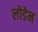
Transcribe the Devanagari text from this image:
लोडेन